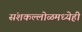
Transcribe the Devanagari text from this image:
संशकल्लोळमध्येही